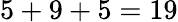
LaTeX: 5+9+5=19